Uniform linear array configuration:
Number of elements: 16
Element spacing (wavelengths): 0.5
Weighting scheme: exponential
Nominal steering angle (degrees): -30
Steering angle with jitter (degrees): -31.549
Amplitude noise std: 0.05
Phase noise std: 0.05

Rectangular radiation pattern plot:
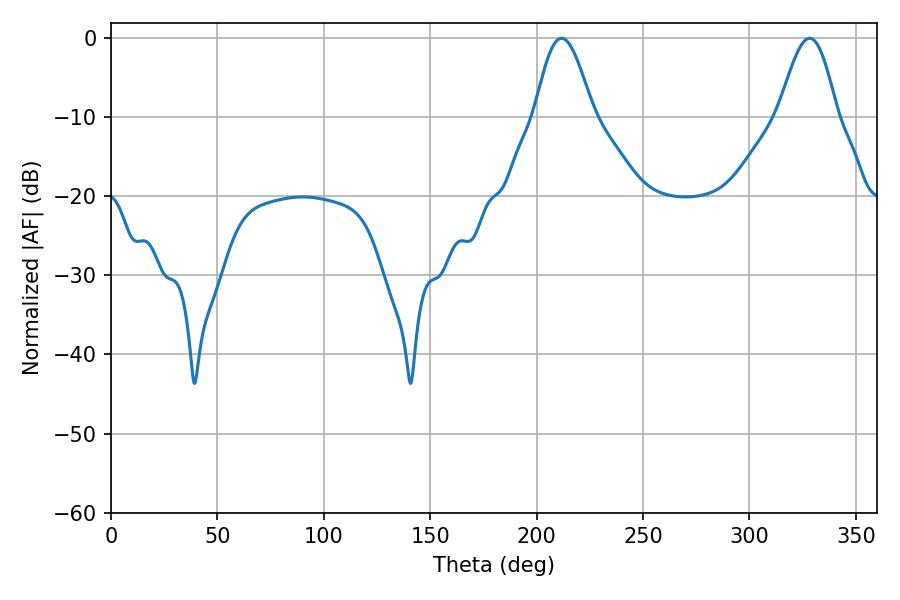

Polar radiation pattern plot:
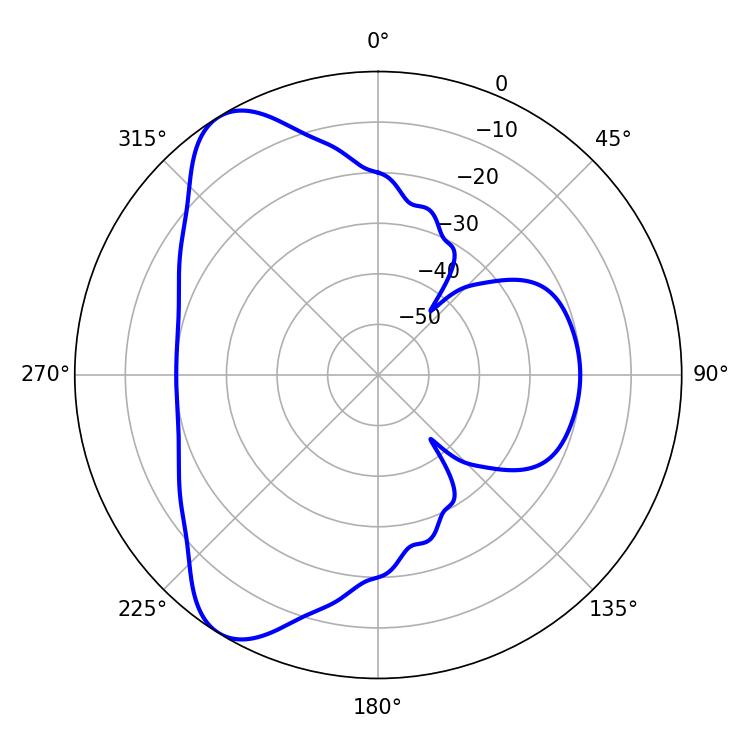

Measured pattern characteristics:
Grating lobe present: FALSE
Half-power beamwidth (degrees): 14.76
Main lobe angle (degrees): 211.68